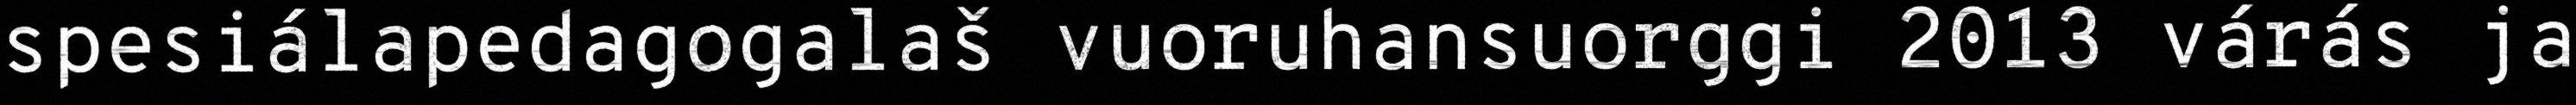
spesiálapedagogalaš vuoruhansuorggi 2013 várás ja